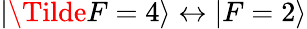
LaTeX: \lvert\Tilde{F}=4\rangle\leftrightarrow\lvert F=2\rangle